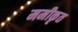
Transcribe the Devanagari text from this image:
ममीकृत